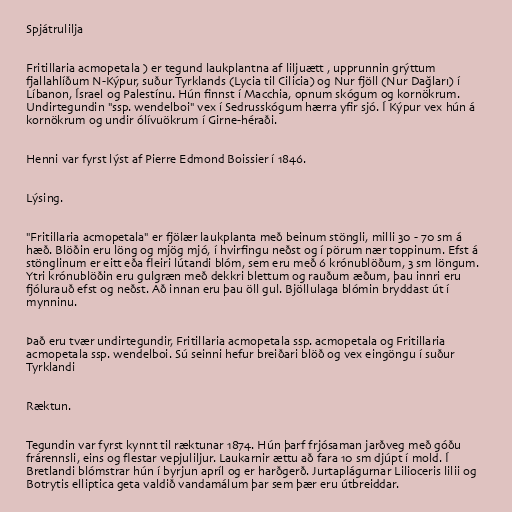
Spjátrulilja

Fritillaria acmopetala ) er tegund laukplantna af liljuætt , upprunnin grýttum
fjallahlíðum N-Kýpur, suður Tyrklands (Lycia til Cilicia) og Nur fjöll (Nur Dağları) í
Líbanon, Ísrael og Palestínu. Hún finnst í Macchia, opnum skógum og kornökrum.
Undirtegundin "ssp. wendelboi" vex í Sedrusskógum hærra yfir sjó. Í Kýpur vex hún á
kornökrum og undir ólívuökrum í Girne-héraði.

Henni var fyrst lýst af Pierre Edmond Boissier í 1846.

Lýsing.

"Fritillaria acmopetala" er fjölær laukplanta með beinum stöngli, milli 30 - 70 sm á
hæð. Blöðin eru löng og mjög mjó, í hvirfingu neðst og í pörum nær toppinum. Efst á
stönglinum er eitt eða fleiri lútandi blóm, sem eru með 6 krónublöðum, 3 sm löngum.
Ytri krónublöðin eru gulgræn með dekkri blettum og rauðum æðum, þau innri eru
fjólurauð efst og neðst. Að innan eru þau öll gul. Bjöllulaga blómin bryddast út í
mynninu.

Það eru tvær undirtegundir, Fritillaria acmopetala ssp. acmopetala og Fritillaria
acmopetala ssp. wendelboi. Sú seinni hefur breiðari blöð og vex eingöngu í suður
Tyrklandi

Ræktun.

Tegundin var fyrst kynnt til ræktunar 1874. Hún þarf frjósaman jarðveg með góðu
frárennsli, eins og flestar vepjuliljur. Laukarnir ættu að fara 10 sm djúpt í mold. Í
Bretlandi blómstrar hún í byrjun apríl og er harðgerð. Jurtaplágurnar Lilioceris lilii og
Botrytis elliptica geta valdið vandamálum þar sem þær eru útbreiddar.